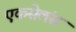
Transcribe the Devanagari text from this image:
एकसेलंस